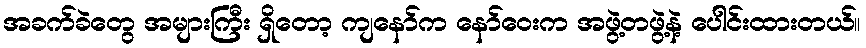
အခက်ခဲတွေ အများကြီး ရှိတော့ ကျနော်က နော်ဝေးက အဖွဲ့တဖွဲ့နဲ့ ပေါင်းထားတယ်။